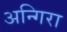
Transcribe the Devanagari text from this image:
अन्गिरा